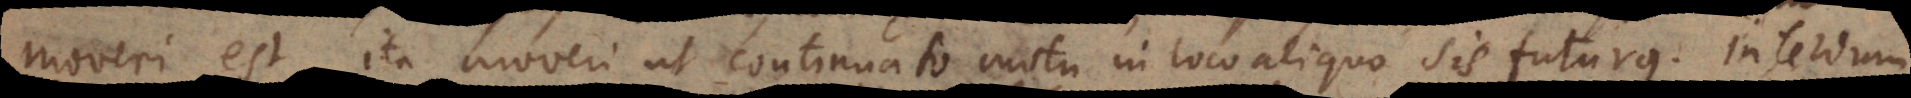
moveri est, ita moveri ut continuato motu in loco aliquo sis futurus. Interdum